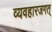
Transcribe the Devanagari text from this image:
व्यवहारजगत्‌